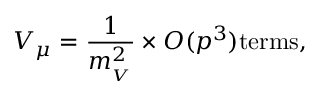
V _ { \mu } = \frac { 1 } { m _ { _ V } ^ { 2 } } \times O ( p ^ { 3 } ) \mathrm { t e r m s } ,